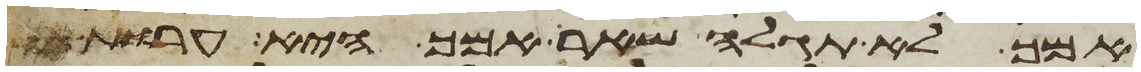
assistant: אמך לא תגלה שאר אמך היא ערות אחי